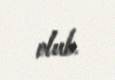
olub.